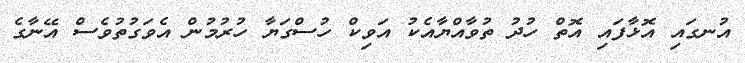
އުނގައި އޮޅާފައި އޮތް ހުދު ތުވާއްޔާއެކު އަވިކް ހުސްގަޔާ ހުރުމުން އެވަގުތުވެސް އޭނާގެ